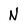
Character: N